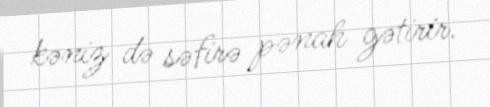
kəniz də səfirə pənah gətirir.